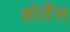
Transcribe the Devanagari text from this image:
शोर्तेंस